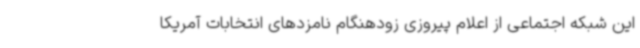
این شبکه اجتماعی از اعلام پیروزی زودهنگام نامزدهای انتخابات آمریکا